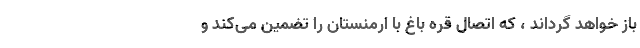
باز خواهد گرداند ، که اتصال قره باغ با ارمنستان را تضمین می‌کند و